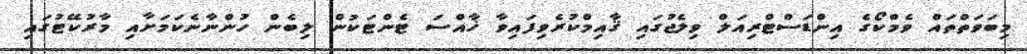
މިބަވަތްތައް ވެމްކޯގެ އިންޑަސްޓްރިއަލް ވިލެޖުގައި ޤާއިމްކުރެވިފައިވާ ޚާއްސަ ޓެންޓަކުން ލިބެން ހުންނާނެކަމަށާއި މާރުކޭޓުގައި